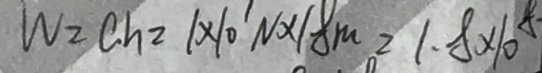
W = C h _ { 2 } = 1 \times 1 0 ^ { \prime } N \times 1 8 m = 1 . 8 \times 1 0 ^ { 8 }